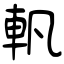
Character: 軓